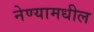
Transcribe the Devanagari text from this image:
नेण्यामधील